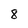
Character: 8